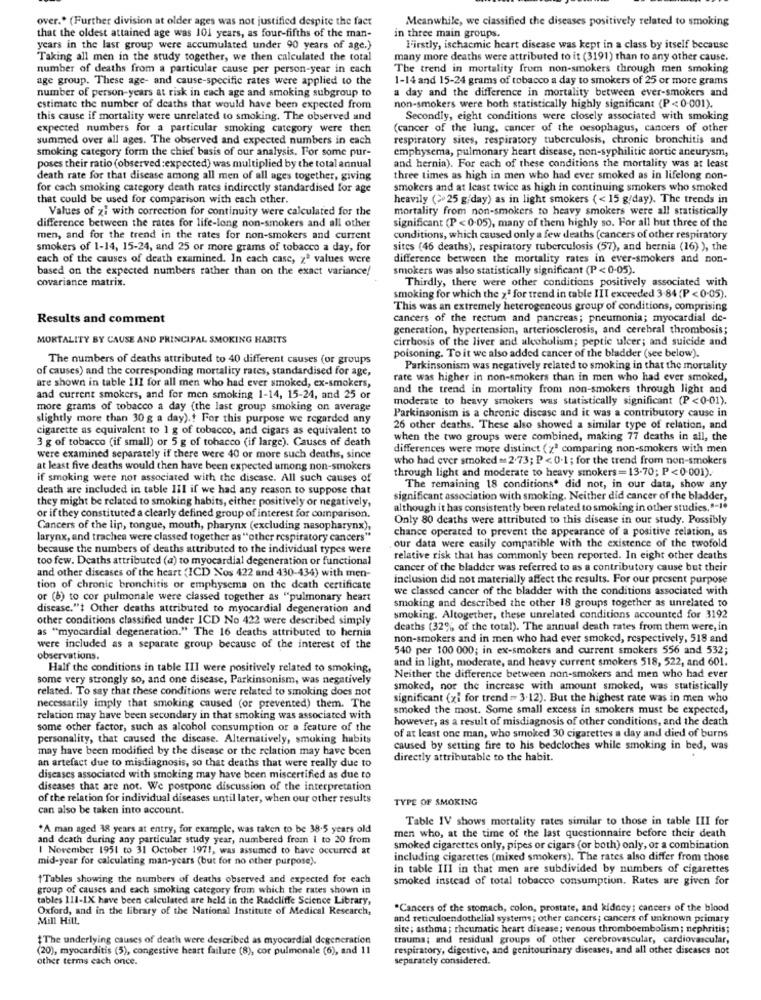
over .* (Further division at older ages was not justified despite the fact
Meanwhile, we classified the diseases positively related to smoking
that the oldest attained age was 101 years, as four-fifths of the man-
in three main groups.
years in the last group were accumulated under 90 years of age.)
Firstly, ischacmic heart disease was kept in a class by itself because
Taking all men in the study together, we then calculated the total
many more deaths were attributed to it (3191) than to any other cause.
number of deaths from a particular cause per person-year in each
The trend in mortality from non-smokers through men smoking
age group. These age- and cause-specific rates were applied to the
1-14 and 15-24 grams of tobacco a day to smokers of 25 or more grams
number of person-years at risk in euch age and smoking subgroup to
a day and the difference in mortality between ever-smokers and
estimate the number of deaths that would have been expected from
non-smokers were both statistically highly significant (P < 0-001).
this cause if mortality were unrelated to smoking. The observed and
Secondly, eight conditions were closely associated with smoking
expected numbers for a particular smoking category were then
(cancer of the lung, cancer of the oesophagus, cancers of other
summed over all ages. The observed and expected numbers in each
respiratory sites, respiratory tuberculosis, chronic bronchitis and
smoking category form the chief basis of our analysis. For some pur-
emphysema, pulmonary heart disease, non-syphilitic aortic aneurysm,
poses their ratio (observed :expected) was multiplied by the total annual
and hernia). For each of these conditions the mortality was at least
death rate for that disease among all men of all ages together, giving
three times as high in men who had ever smoked as in lifelong non-
for cach smoking category death rates indirectly standardised for age
smokers and at least twice as high in continuing smokers who smoked
that could be used for comparison with each other.
heavily (>25 g/day) as in light smokers ( < 15 g/day). The trends in
Values of zi with correction for continuity were calculated for the
mortality from non-smokers to heavy smokers were all statistically
difference between the rates for life-long non-smokers and all other
significant (P < 0.05), many of them highly so. For all but three of the
men, and for the trend in the rates for non-smokers and current
conditions, which caused only a few deaths (cancers of other respiratory
smokers of 1-14, 15-24, and 25 or more grams of tobacco a day, for
sites (46 deaths), respiratory tuberculosis (57), and hernia (16) ), the
each of the causes of death examined. In each case, za values were
difference between the mortality rates in ever-smokers and non-
based on the expected numbers rather than on the exact variance!
smokers was also statistically significant (P < 0-05).
covariance matrix.
Thirdly, there were other conditions positively associated with
smoking for which the xª for trend in cable III exceeded 3-84 (P <0-05).
This was an extremely heterogeneous group of conditions, comprising
Results and comment
cancers of the rectum and pancreas; pneumonia; myocardial de-
generation, hypertension, arteriosclerosis, and cerebral thrombosis;
MORTALITY BY CAUSE AND PRINCIPAL SMOKING HABITS
cirrhosis of the liver and alcoholism; peptic ulcer; and suicide and
The numbers of deaths attributed to 40 different causes (or groups
poisoning. To it we also added cancer of the bladder (see below).
of causes) and the corresponding mortality rates, standardised for age,
Parkinsonism was negatively related to smoking in that the mortality
are shown in table III for all men who had ever smoked, ex-smokers,
rate was higher in non-smokers than in men who had ever smoked,
and the trend in mortality from non-smokers through light and
and current smokers, and for men smoking 1-14, 15-24, and 25 or
moderate to heavy smokers was statistically significant (P <0-01).
more grams of tobacco a day (the last group smoking on average
Parkinsonism is a chronic disease and it was a contributory cause in
slightly more than 30 g a day) .! For this purpose we regarded any
cigarette as equivalent to 1 g of tobacco, and cigars as equivalent to
26 other deaths. These also showed a similar type of relation, and
3 g of tobacco (if small) or 5 g of tobacco (if large). Causes of death
when the two groups were combined, making 77 deaths in all, the
differences were more distinct (2ª comparing non-smokers with men
were examined separately if there were 40 or more such deaths, since
who had ever smoked = 2.73; P < 0.1 ; for the trend from non-smokers
at least five deaths would then have been expected among non-smokers
through light and moderate to heavy smokers =13.70; P< 0-001).
if smoking were not associated with the disease. All such causes of
death are included in table III if we had any reason to suppose that
The remaining 18 conditions. did not, in our data, show any
they might be related to smoking habits, either positively or negatively,
significant association with smoking. Neither did cancer of the bladder,
although it has consistently been related to smoking in other studies,"-1.
or if they constituted a clearly defined group of interest for comparison.
Only 80 deaths were attributed to this disease in our study. Possibly
Cancers of the lip, tongue, mouth, pharynx (excluding nasopharynx),
chance operated to prevent the appearance of a positive relation, as
larynx, and trachea were classed together as "other respiratory cancers"
our data were easily compatible with the existence of the twofold
because the numbers of deaths attributed to the individual types were
too few. Deaths attributed (a) to myocardial degeneration or functional
relative risk that has commonly been reported. In eight other deaths
and other diseases of the heart (ICD Nos 422 and 430-434) with men-
cancer of the bladder was referred to as a contributory cause but their
Inclusion did not materially affect the results. For our present purpose
tion of chronic bronchitis or emphysema on the death certificate
we classed cancer of the bladder with the conditions associated with
or (8) to cor pulmonale were classed together as "pulmonary heart
smoking and described the other 18 groups together as unrelated to
disease."t Other deaths attributed to myocardial degeneration and
other conditions classified under ICD No 422 were described simply
smoking. Altogether, these unrelated conditions accounted for 3192
as "myocardial degeneration." The 16 deaths attributed to hernia
deaths (32% of the total). The annual death rates from them were, in
non-smokers and in men who had ever smoked, respectively, 518 and
were included as a separate group because of the interest of the
540 per 100 000; in ex-smokers and current smokers 556 and 532;
observations.
and in light, moderate, and heavy current smokers 518, 522, and 601.
Half the conditions in table III were positively related to smoking,
some very strongly so, and one disease, Parkinsonism, was negatively
Neither the difference between non-smokers and men who had ever
related. To say that these conditions were related to smoking does not
smoked, nor the increase with amount smoked, was statistically
significant (xi for trend = 3.12). But the highest rate was in men who
necessarily imply that smoking caused (or prevented) them. The
smoked the most. Some small excess in smokers must be expected,
relation may have been secondary in that smoking was associated with
however, as a result of misdiagnosis of other conditions, and the death
some other factor, such as alcohol consumption or a feature of the
of at least one man, who smoked 30 cigarettes a day and died of burns
personality, that caused the disease. Alternatively, smoking habits
may have been modified by the disease or the relation may have been
caused by setting fire to his bedclothes while smoking in bed, was
an artefact due to misdiagnosis, so that deaths that were really due to
directly attributable to the habit.
diseases associated with smoking may have been miscertified as due to
diseases that are not. We postpone discussion of the interpretation
of the relation for individual diseases until later, when our other results
TYPE OF SMOKING
can also be taken into account.
Table IV shows mortality rates similar to those in table III for
*A man aged 18 years at entry, for example, was taken to be 38.5 years old
men who, at the time of the last questionnaire before their death
and death during any particular study year, numbered from 1 to 20 from
I November 1951 to 31 October 1971, was assumed to have occurred at
smoked cigarettes only, pipes or cigars (or both) only, or a combination
mid-year for calculating man-years (but for no other purpose).
including cigarettes (mixed smokers). The rates also differ from those
in table III in that men are subdivided by numbers of cigarettes
"Tables showing the numbers of deaths observed and expected for each
smoked instead of total tobacco consumption. Rates are given for
group of causes and each smoking category from which the rates shown in
tables 111-IX have been calculated are held in the Radcliffe Science Library,
Oxford, and in the library of the National Institute of Medical Research,
"Cancers of the stomach, colon, prostate, and kidney; cancers of the blood
Mill Hill,
and reticuloendothelial systems; other cancers; cancers of unknown primary
site; asthma; rheumatic heart disease; venous thromboembolism; nephritis;
$The underlying causes of death were described as myocardial degeneration
trauma; and residual groups of other cerebrovascular, cardiovascular,
(20), myocarditis (5), congestive heart failure (8), cor pulmonale (6), and 11
respiratory, digestive, and genitourinary diseases, and all other diseases not
other terms each once.
separately considered.